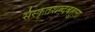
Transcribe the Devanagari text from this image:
संस्कृतशब्दबहुला